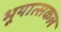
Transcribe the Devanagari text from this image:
भूयात्सकल